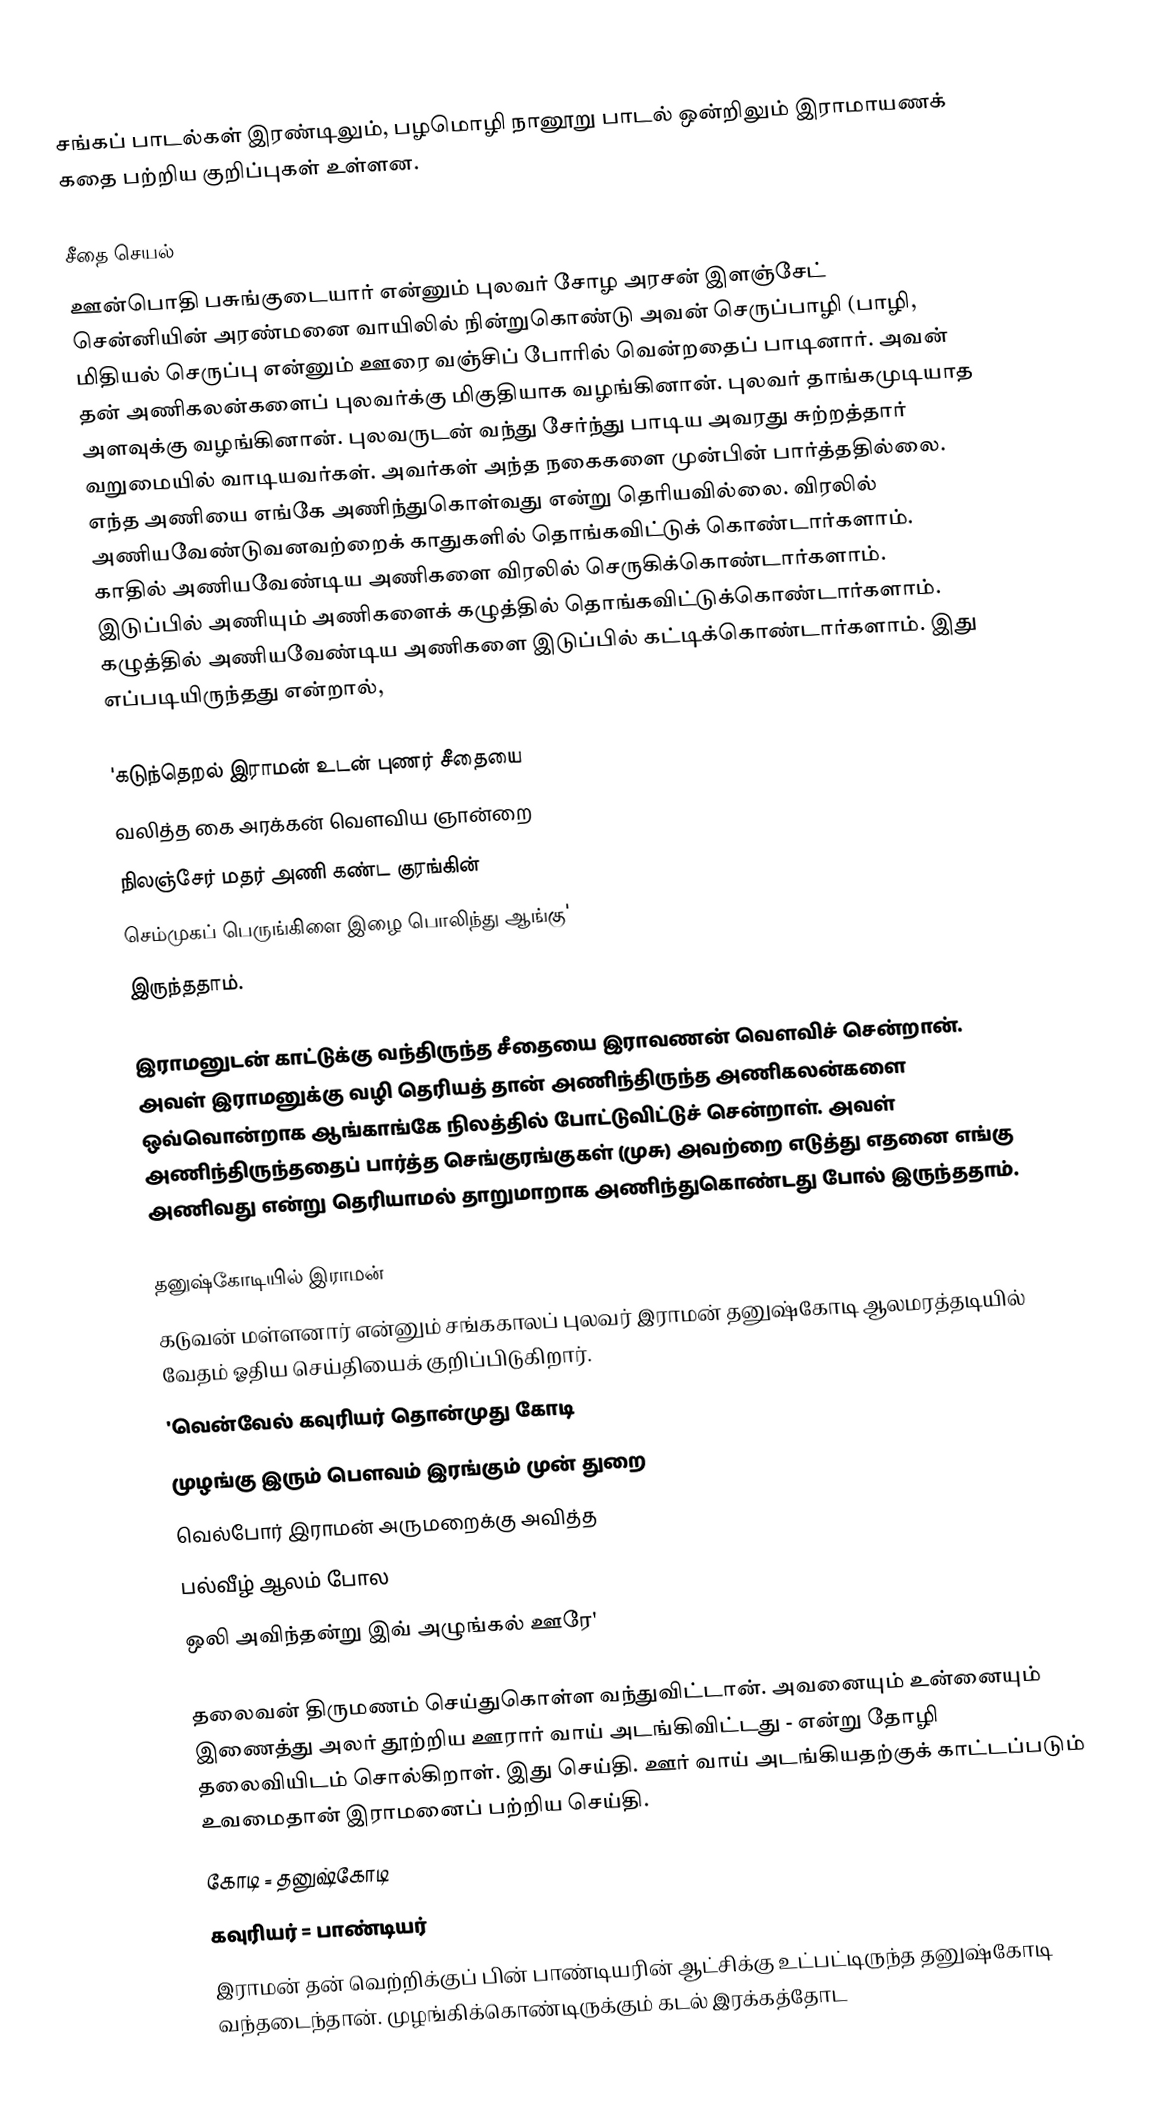
சங்கப் பாடல்கள் இரண்டிலும், பழமொழி நானூறு பாடல் ஒன்றிலும் இராமாயணக் கதை பற்றிய குறிப்புகள் உள்ளன.

சீதை செயல்
ஊன்பொதி பசுங்குடையார் என்னும் புலவர் சோழ அரசன் இளஞ்சேட் சென்னியின் அரண்மனை வாயிலில் நின்றுகொண்டு அவன் செருப்பாழி (பாழி, மிதியல் செருப்பு என்னும் ஊரை வஞ்சிப் போரில் வென்றதைப் பாடினார். அவன் தன் அணிகலன்களைப் புலவர்க்கு மிகுதியாக வழங்கினான். புலவர் தாங்கமுடியாத அளவுக்கு வழங்கினான். புலவருடன் வந்து சேர்ந்து பாடிய அவரது சுற்றத்தார் வறுமையில் வாடியவர்கள். அவர்கள் அந்த நகைகளை முன்பின் பார்த்ததில்லை. எந்த அணியை எங்கே அணிந்துகொள்வது என்று தெரியவில்லை. விரலில் அணியவேண்டுவனவற்றைக் காதுகளில் தொங்கவிட்டுக் கொண்டார்களாம். காதில் அணியவேண்டிய அணிகளை விரலில் செருகிக்கொண்டார்களாம். இடுப்பில் அணியும் அணிகளைக் கழுத்தில் தொங்கவிட்டுக்கொண்டார்களாம். கழுத்தில் அணியவேண்டிய அணிகளை இடுப்பில் கட்டிக்கொண்டார்களாம். இது எப்படியிருந்தது என்றால்,

'கடுந்தெறல் இராமன் உடன் புணர் சீதையை
வலித்த கை அரக்கன் வௌவிய ஞான்றை
நிலஞ்சேர் மதர் அணி கண்ட குரங்கின்
செம்முகப் பெருங்கிளை இழை பொலிந்து ஆங்கு'
இருந்ததாம்.

இராமனுடன் காட்டுக்கு வந்திருந்த சீதையை இராவணன் வௌவிச் சென்றான். அவள் இராமனுக்கு வழி தெரியத் தான் அணிந்திருந்த அணிகலன்களை ஒவ்வொன்றாக ஆங்காங்கே நிலத்தில் போட்டுவிட்டுச் சென்றாள். அவள் அணிந்திருந்ததைப் பார்த்த செங்குரங்குகள் (முசு) அவற்றை எடுத்து எதனை எங்கு அணிவது என்று தெரியாமல் தாறுமாறாக அணிந்துகொண்டது போல் இருந்ததாம்.

தனுஷ்கோடியில் இராமன்
கடுவன் மள்ளனார் என்னும் சங்ககாலப் புலவர் இராமன் தனுஷ்கோடி ஆலமரத்தடியில் வேதம் ஓதிய செய்தியைக் குறிப்பிடுகிறார்.
'வென்வேல் கவுரியர் தொன்முது கோடி
முழங்கு இரும் பௌவம் இரங்கும் முன் துறை
வெல்போர் இராமன் அருமறைக்கு அவித்த
பல்வீழ் ஆலம் போல
ஒலி அவிந்தன்று இவ் அழுங்கல் ஊரே'

தலைவன் திருமணம் செய்துகொள்ள வந்துவிட்டான். அவனையும் உன்னையும் இணைத்து அலர் தூற்றிய ஊரார் வாய் அடங்கிவிட்டது - என்று தோழி தலைவியிடம் சொல்கிறாள். இது செய்தி. ஊர் வாய் அடங்கியதற்குக் காட்டப்படும் உவமைதான் இராமனைப் பற்றிய செய்தி.
 கோடி = தனுஷ்கோடி
 கவுரியர் = பாண்டியர்
இராமன் தன் வெற்றிக்குப் பின் பாண்டியரின் ஆட்சிக்கு உட்பட்டிருந்த தனுஷ்கோடி வந்தடைந்தான். முழங்கிக்கொண்டிருக்கும் கடல் இரக்கத்தோட